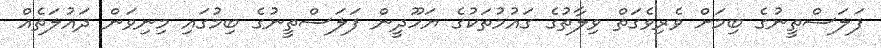
ފަލަސްތީނުގެ ބިމަށް ވެރިވެގަތް ވިލާތުގެ ގައުމުތަކުގެ ޔަހޫދީން ފަލަސްތީނުގެ ބިމުގައި މިނިވަން ދައުލަތެއް